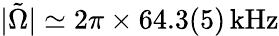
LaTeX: |\tilde{\Omega}|\simeq 2\pi\times 64.3(5)\, \mathrm{kHz}